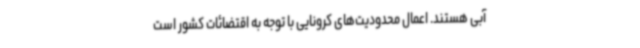
آبی هستند. اعمال محدودیت‌های کرونایی با توجه به اقتضائات کشور است